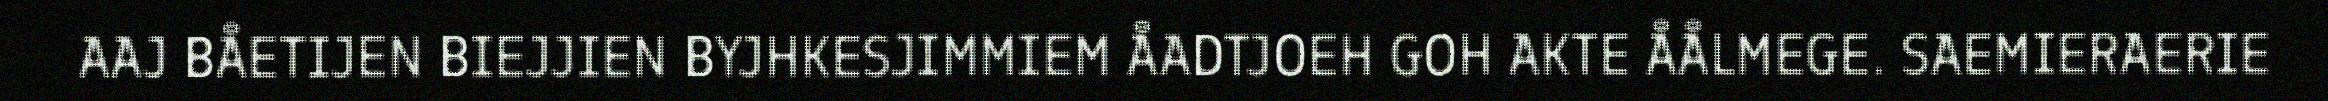
AAJ BÅETIJEN BIEJJIEN BYJHKESJIMMIEM ÅADTJOEH GOH AKTE ÅÅLMEGE. SAEMIERAERIE